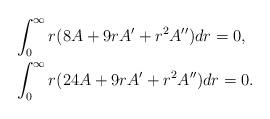
LaTeX: \begin{align*}& \int_0^{\infty} r (8A + 9r A^{\prime} + r^2 A^{\prime\prime}) dr=0, \\& \int_0^{\infty} r (24 A +9r A^{\prime} + r^2 A^{\prime\prime} )dr=0.\end{align*}